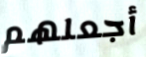
أجعلهم